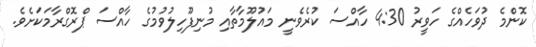
ކޮންމެ ދުވަހެއްގެ ހަވީރު 4:30 ހާއްސަ ކުރެވެނީ މައުލޫމާތާއި މުނިފޫހިލުވުމުގެ ހާއްސަ ޕްރޮގްރާމަކަށެވެ.